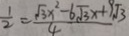
\frac { 1 } { 2 } = \frac { \sqrt { 3 } x ^ { 2 } - 6 \sqrt { 3 } x + 9 \sqrt { 3 } } { 4 }